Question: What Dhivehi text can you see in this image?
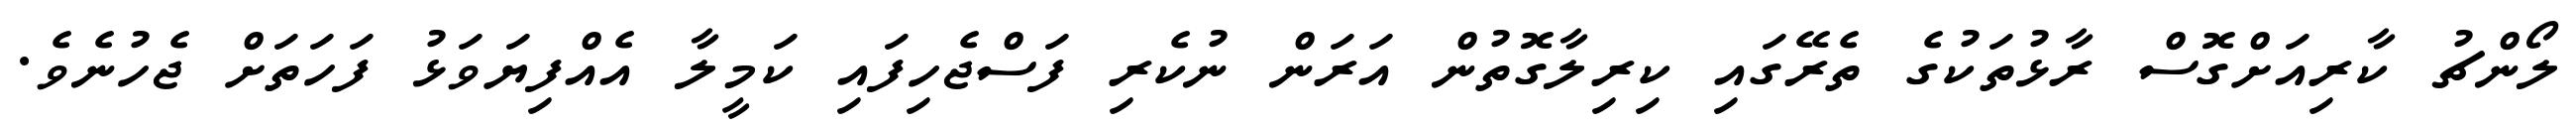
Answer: ލޯންޗު ކާރިއަށްގޮސް ރާޅުތަކުގެ ތެރޭގައި ކިރިލާގޮތުން އަރަން ނުކެރި ފަސްޖެހިފައި ކަމީލާ އެއްފިޔަވަޅު ފަހަތަށް ޖެހުނެވެ.